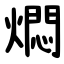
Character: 燜